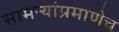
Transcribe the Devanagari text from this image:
सामन्यांप्रमाणेच